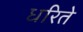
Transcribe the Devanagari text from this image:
धरिते